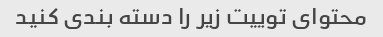
محتوای توییت زیر را دسته بندی کنید